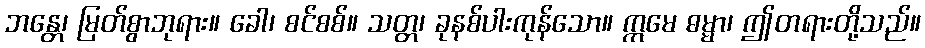
ဘန္တေ၊ မြတ်စွာဘုရား။ ခေါ၊ စင်စစ်။ သတ္တ၊ ခုနစ်ပါးကုန်သော။ ဣမေ ဓမ္မာ၊ ဤတရားတို့သည်။